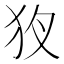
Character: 𤝇